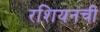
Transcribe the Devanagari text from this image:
रशियनची